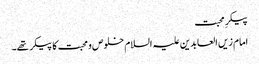
پیکرِ محبت
امام زیں العابدین علیہ السلام خلوص و محبت کا پیکر تھے۔